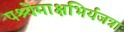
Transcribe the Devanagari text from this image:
पश्येमाक्षभिर्यजत्राः